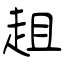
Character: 趄